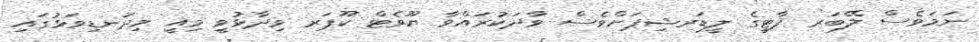
ނަމަވެސް ލޭބަރ ޕާޓީގެ ލީޑަރޝިޕަށްވެސް ވާދަކުރައްވާ ޔޫވެޓް ކޫޕަރ ވިދާޅުވީ މިއީ މިދަނޑިވަޅުގައި